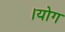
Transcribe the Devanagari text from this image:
।योग